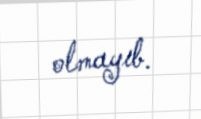
olmayıb.